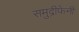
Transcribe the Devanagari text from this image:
समुद्रीफेनी